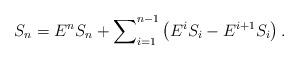
LaTeX: \begin{align*}S_{n}=E^{n}S_{n}+\sum\nolimits_{i=1}^{n-1}\left( E^{i}S_{i}-E^{i+1}S_{i}\right) . \end{align*}